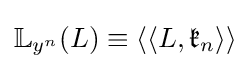
\mathbb {L} _{y^{n}}(L)\equiv {\langle \langle }L,{\mathfrak {k}}_{n}{\rangle \rangle }